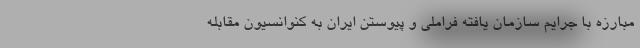
مبارزه با جرایم سازمان یافته فراملی و پیوستن ایران به کنوانسیون مقابله